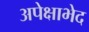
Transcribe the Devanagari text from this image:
अपेक्षाभेद